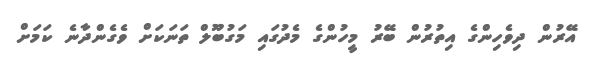
އޭރުން ދިވެހިންގެ އިތުރުން ބޭރު މީހުންގެ މެދުގައި މަގުބޫލް ތަނަކަށް ވެގެންދާނެ ކަމަށް